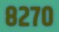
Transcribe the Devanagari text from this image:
८२७०